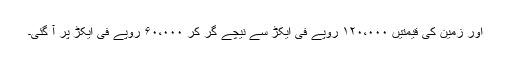
اور زمین کی قیمتیں ۱۲۰،۰۰۰ روپے فی ایکڑ سے نیچے گر کر ۶۰،۰۰۰ روپے فی ایکڑ پر آ گئی۔